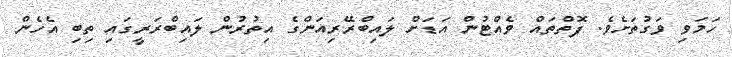
ހަމަވި ވަގުތަށެވެ. ފޮތްތައް ވެއްޓުން އަޑަށް ލައިބްރޭރިއަންގެ އިތުރުން ލައިބްރަރީގައި ތިބި އެހެން